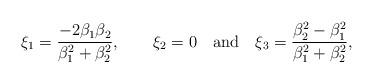
LaTeX: \begin{align*}\xi _1=\frac{-2\beta _1\beta _2}{\beta _1^2+\beta _2^2},\qquad \xi _2=0\quad\rm{and\quad }\xi _3=\frac{\beta _2^2-\beta _1^2}{\beta _1^2+\beta _2^2},\end{align*}